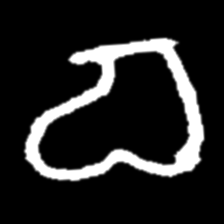
Pyu character \u2014 Myanmar letter: စ (romanized: ca)